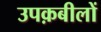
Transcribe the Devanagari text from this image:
उपक़बीलों